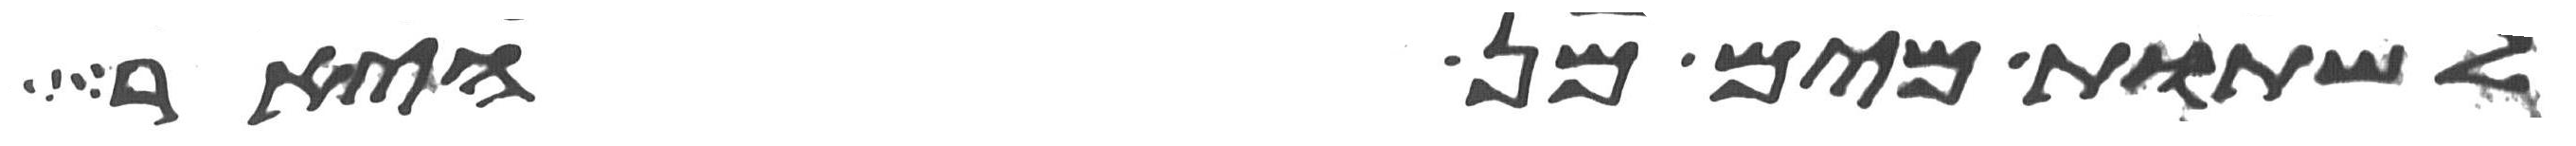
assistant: לשתות מים מן היאר